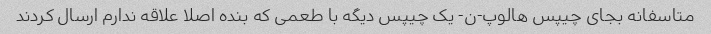
متاسفانه بجای چیپس هالوپ-ن- یک چیپس دیگه با طعمی که بنده اصلا علاقه ندارم ارسال کردند